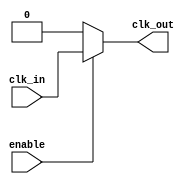
module clock_buffer (
    input wire clk_in,          // Single-ended clock input
    input wire enable,          // Enable signal for power management
    output wire clk_out         // Buffered clock output
);

    // Internal signals
    wire clk_buf;               // Buffered clock signal

    // Input Stage: Protection (simple example, real protection would require more)
    wire clk_protected;
    assign clk_protected = clk_in; // In a real design, you would add protection logic here

    // Amplification Stage: Using a series of inverters/buffers
    // Here we use a simple buffer for amplification
    // You can instantiate multiple buffers for higher drive strength
    buf u_buf1 (
        .I(clk_protected),
        .O(clk_buf)
    );

    buf u_buf2 (
        .I(clk_buf),
        .O(clk_buf) // Additional buffering can be added as needed
    );

    // Output Stage: Driving the output
    assign clk_out = enable ? clk_buf : 1'b0; // If disabled, output is low

endmodule